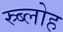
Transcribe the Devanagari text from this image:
स्र्ब्लोह